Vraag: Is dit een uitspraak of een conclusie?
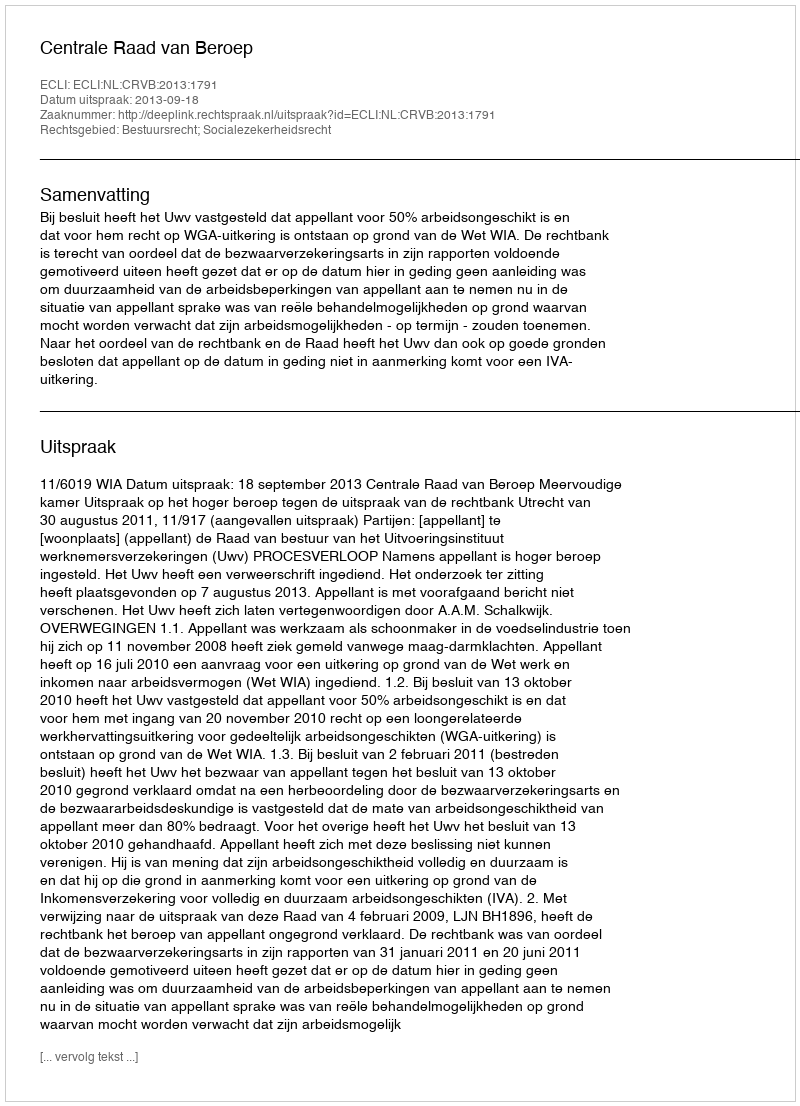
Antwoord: Uitspraak